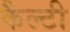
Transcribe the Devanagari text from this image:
कैल्टी